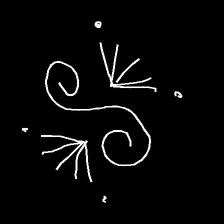
Glyph: aeroform